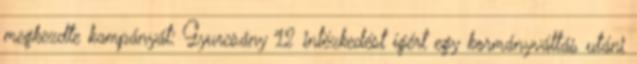
megkezdte kampányát: Gyurcsány 12 intézkedést ígért egy kormányváltás utáni